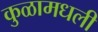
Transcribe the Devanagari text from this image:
कुळामधली